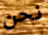
نحن